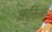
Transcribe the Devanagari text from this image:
आर्क्तिक